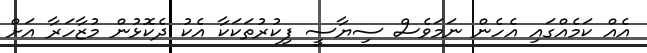
އެއް ކަމެއްގައި އެހެން ނަމަވެސް ސިޔާސީ ފިކުރުތަކަކާ އެކު ދެކޮޅުން މުޒާހަރާ އަށް